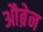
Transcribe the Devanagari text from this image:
औब्रेन